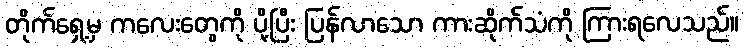
တိုက်ရှေ့မှ ကလေးတွေကို ပို့ပြီး ပြန်လာသော ကားဆိုက်သံကို ကြားရလေသည်။